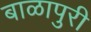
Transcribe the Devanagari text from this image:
बाळापुरी